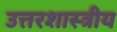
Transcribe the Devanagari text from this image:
उत्तरशास्त्रीय